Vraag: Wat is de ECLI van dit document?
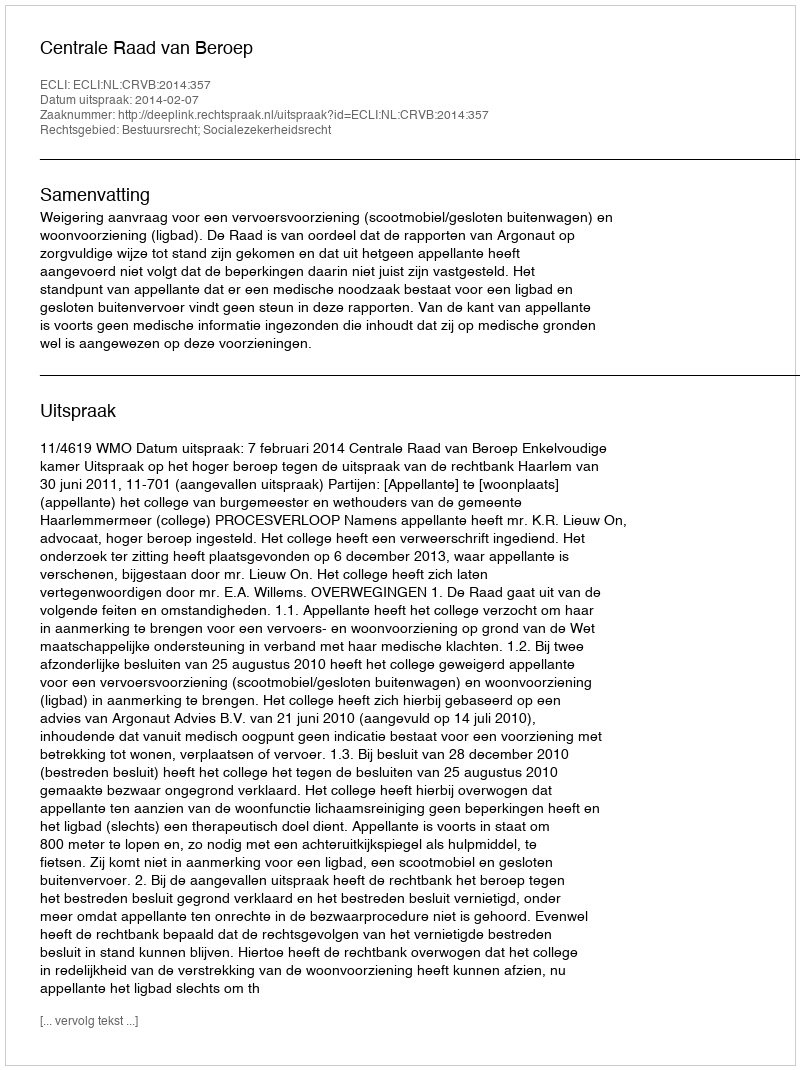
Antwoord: ECLI:NL:CRVB:2014:357